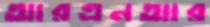
আরএনআর